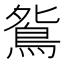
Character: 𫠔